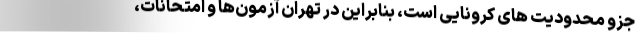
جزو محدودیت های کرونایی است، بنابراین در تهران آزمون‌ها و امتحانات،